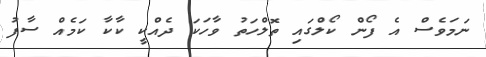
ނަމަވެސް އެ ފޯން ކޯލްގައި ތޮލްހަތު ވާހަކަ ދެއްކީ ކާކާ ކަމެއް ސާފު